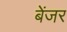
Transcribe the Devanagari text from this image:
बेंजर